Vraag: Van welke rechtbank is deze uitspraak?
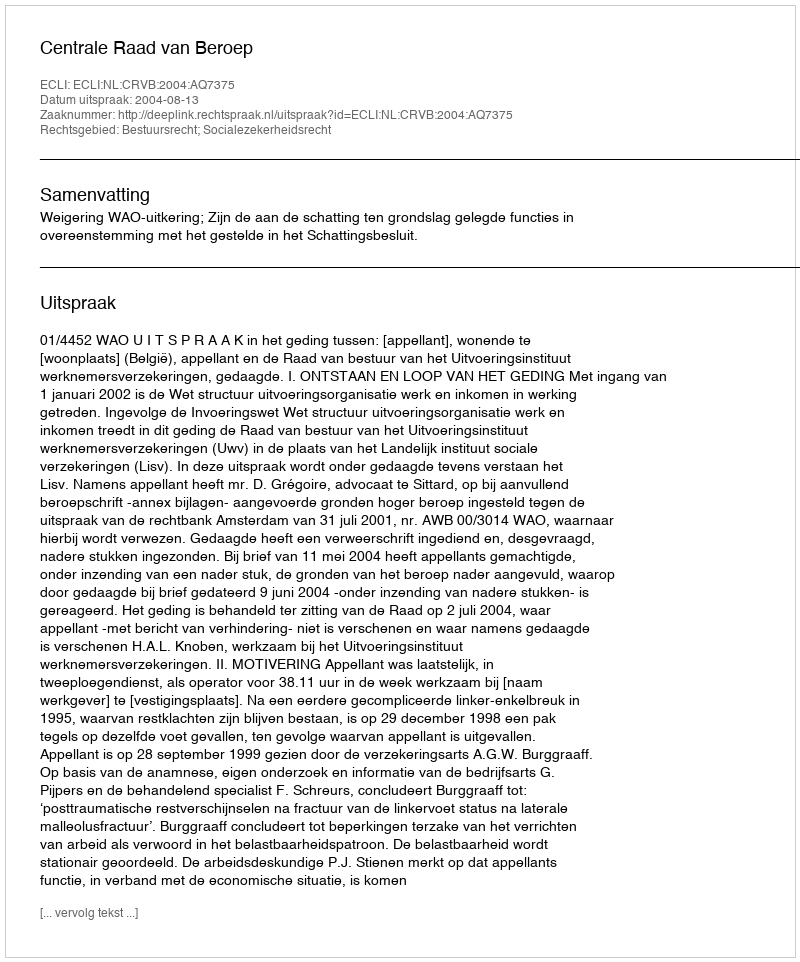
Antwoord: Centrale Raad van Beroep